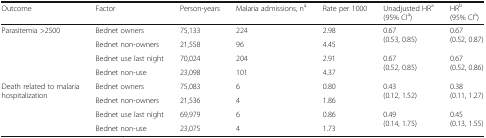
<table><thead><tr><td><b>Outcome</b></td><td><b>Factor</b></td><td><b>Person-years</b></td><td><b>Malaria admissions, n<sup>a</sup></b></td><td><b>Rate per 1000</b></td><td><b>Unadjusted HR<sup>a</sup> (95% CI<sup>a</sup>)</b></td><td><b>HR<sup>b</sup> (95% CI<sup>a</sup>)</b></td></tr></thead><tbody><tr><td rowspan="4">Parasitemia &gt;2500</td><td>Bednet owners</td><td>75,133</td><td>224</td><td>2.98</td><td rowspan="2">0.67(0.53, 0.85)</td><td rowspan="2">0.67(0.52, 0.87)</td></tr><tr><td>Bednet non-owners</td><td>21,558</td><td>96</td><td>4.45</td></tr><tr><td>Bednet use last night</td><td>70,024</td><td>204</td><td>2.91</td><td rowspan="2">0.67(0.52, 0.85)</td><td rowspan="2">0.67(0.52, 0.86)</td></tr><tr><td>Bednet non-use</td><td>23,098</td><td>101</td><td>4.37</td></tr><tr><td rowspan="4">Death related to malaria hospitalization</td><td>Bednet owners</td><td>75,083</td><td>6</td><td>0.80</td><td rowspan="2">0.43(0.12, 1.52)</td><td rowspan="2">0.38(0.11, 1.27)</td></tr><tr><td>Bednet non-owners</td><td>21,536</td><td>4</td><td>1.86</td></tr><tr><td>Bednet use last night</td><td>69,979</td><td>6</td><td>0.86</td><td rowspan="2">0.49(0.14, 1.75)</td><td rowspan="2">0.45(0.13, 1.55)</td></tr><tr><td>Bednet non-use</td><td>23,075</td><td>4</td><td>1.73</td></tr></tbody></table>